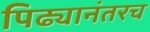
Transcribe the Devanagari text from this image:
पिढ्यानंतरच